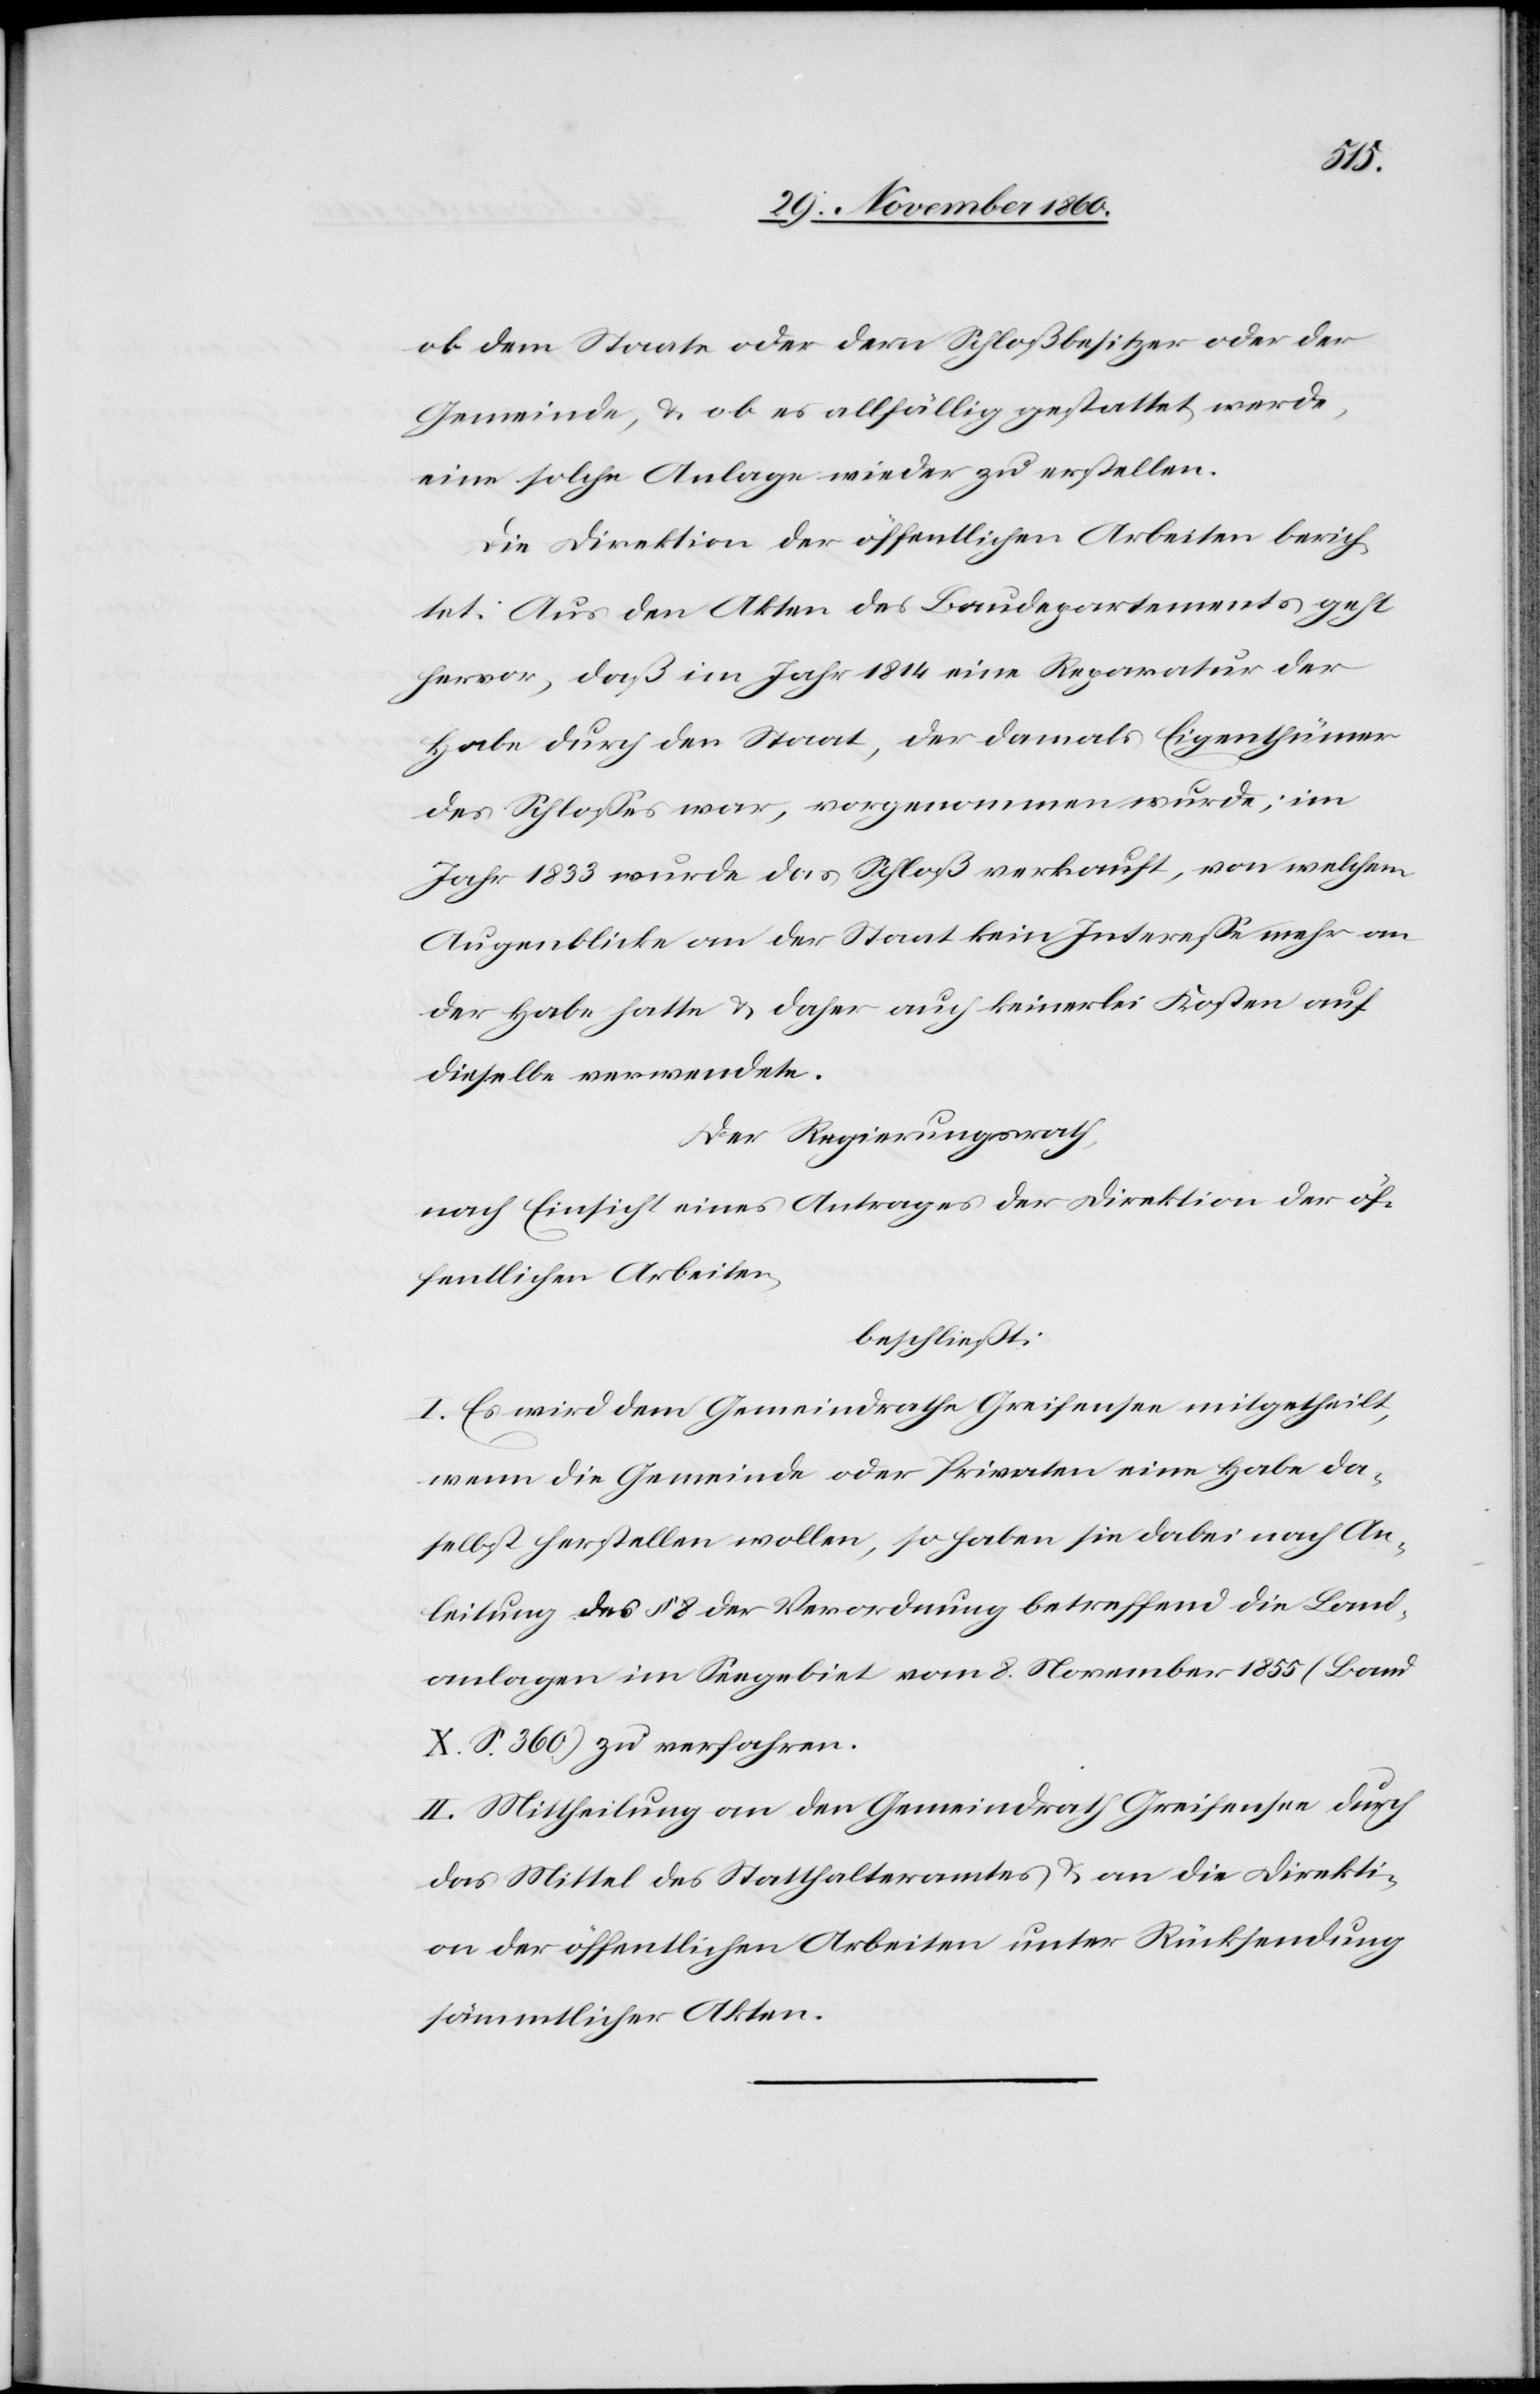
ob dem Staate oder dem Schloßbesitzer oder der
Gemeinde, u. ob es allfällig gestattet werde,
eine solche Anlage wieder zu erstellen.
Die Direktion der öffentlichen Arbeiten berich¬
tet: Aus den Akten des Baudepartements geht
hervor, daß im Jahr 1814 eine Reparatur der
Habe durch den Staat, der damals Eigenthümer
des Schlosses war, vorgenommen wurde; im
Jahr 1833 wurde das Schloß verkauft, von welchem
Augenblicke an der Staat kein Interesse mehr an
der Habe hatte u. daher auch keinerlei Kosten auf
dieselbe verwendete.
Der Regierungsrath,
nach Einsicht eines Antrages der Direktion der öf¬
fentlichen Arbeiten,
beschließt:
I. Es wird dem Gemeindrathe Greifensee mitgetheilt,
wenn die Gemeinde oder Privaten eine Habe da¬
selbst herstellen wollen, so haben sie dabei nach An¬
leitung des § 8 der Verordnung betreffend die Land¬
anlagen im Seegebiet vom 8. November 1855 (Band
X. S. 360) zu verfahren.
II. Mittheilung an den Gemeindrath Greifensee durch
das Mittel des Statthalteramtes u. an die Direkti¬
on der öffentlichen Arbeiten unter Rücksendung
sämmtlicher Akten.